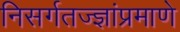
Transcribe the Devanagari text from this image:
निसर्गतज्ज्ञांप्रमाणे